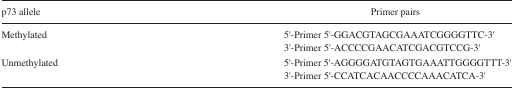
<table><thead><tr><td><b>p73 allele</b></td><td><b>Primer pairs</b></td></tr></thead><tbody><tr><td rowspan="2">Methylated</td><td>5′-Primer 5′-GGACGTAGCGAAATCGGGGTTC-3′</td></tr><tr><td>3′-Primer 5′-ACCCCGAACATCGACGTCCG-3′</td></tr><tr><td rowspan="2">Unmethylated</td><td>5′-Primer 5′-AGGGGATGTAGTGAAATTGGGGTTT-3′</td></tr><tr><td>3′-Primer 5′-CCATCACAACCCCAAACATCA-3′</td></tr></tbody></table>